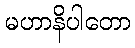
မဟာနိပါတော